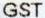
GST